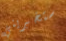
ستخبريني